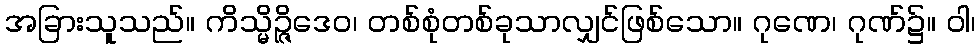
အခြားသူသည်။ ကိသ္မိဉ္ဇိဒေဝ၊ တစ်စုံတစ်ခုသာလျှင်ဖြစ်သော။ ဂုဏေ၊ ဂုဏ်၌။ ဝါ၊